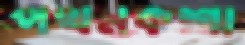
পথনকশা